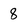
Character: 8